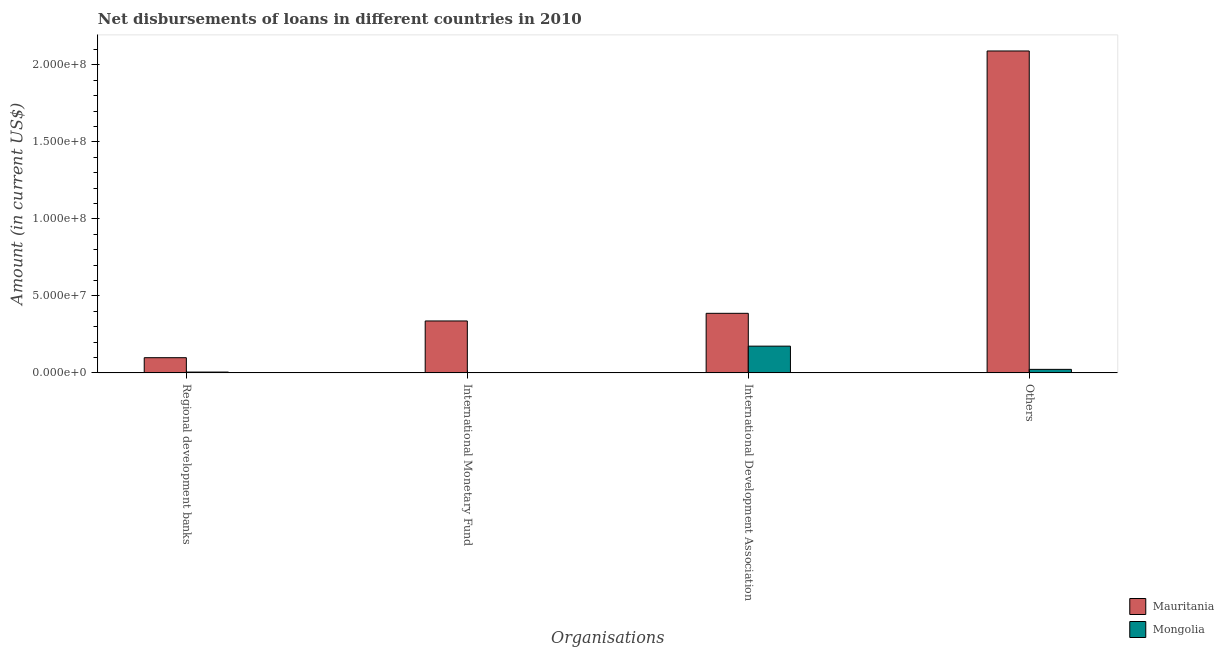
| Organisations | Mauritania | Mongolia |
 | --- | --- | --- |
 | Regional development banks | 9.85e+06 | 5.2e+05 |
 | International Monetary Fund | 3.37e+07 | -4.63e+06 |
 | International Development Association | 3.87e+07 | 1.73e+07 |
 | Others | 2.09e+08 | 2.27e+06 |